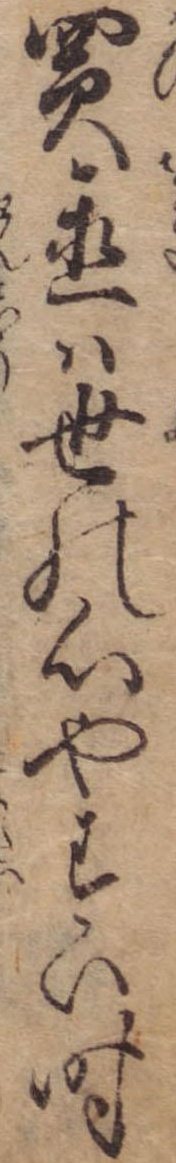
買置は世の心やすい時